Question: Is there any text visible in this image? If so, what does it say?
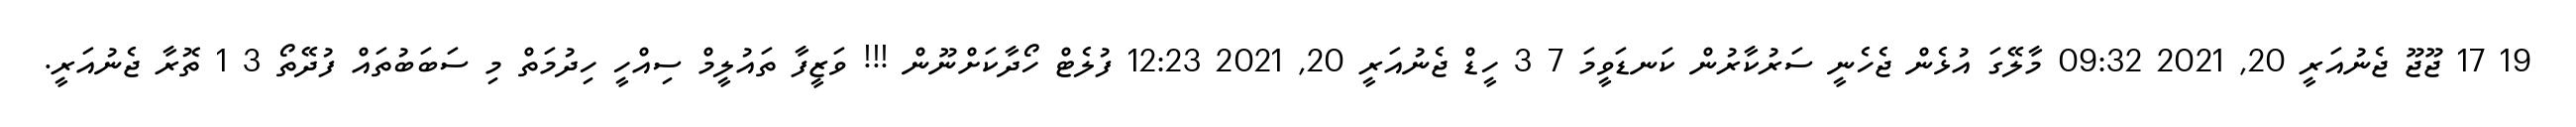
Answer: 19 17 ޖޫޖޫ ޖެނުއަރީ 20, 2021 09:32 މާލޭގަ އުޅެން ޖެހެނީ ސަރުކާރުން ކަނޑަވީމަ 7 3 ހީޑް ޖެނުއަރީ 20, 2021 12:23 ފުލެޓް ހޯދާކަށްނޫން !!! ވަޒީފާ ތައުލީމް ސިއްހީ ހިދުމަތް މި ސަބަބުތައް ފުދޭތޯ 3 1 ތޮރާ ޖެނުއަރީ.